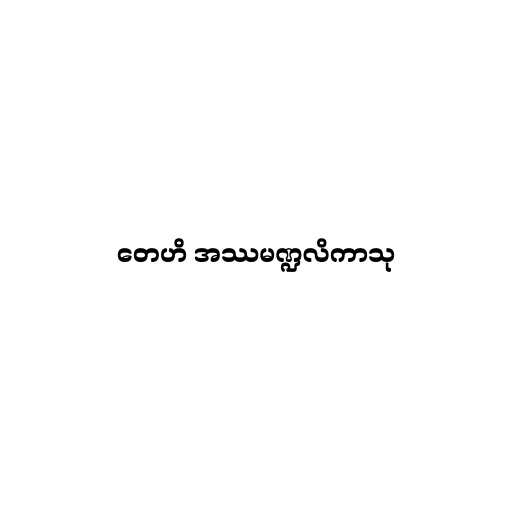
တေဟိ အဿမဏ္ဍလိကာသု